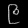
Digit: ၉